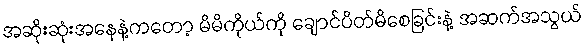
အဆိုးဆုံးအနေနဲ့ကတော့ မိမိကိုယ်ကို ချောင်ပိတ်မိစေခြင်းနဲ့ အဆက်အသွယ်